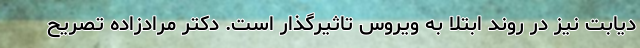
دیابت نیز در روند ابتلا به ویروس تاثیرگذار است. دکتر مرادزاده تصریح